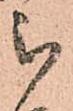
被